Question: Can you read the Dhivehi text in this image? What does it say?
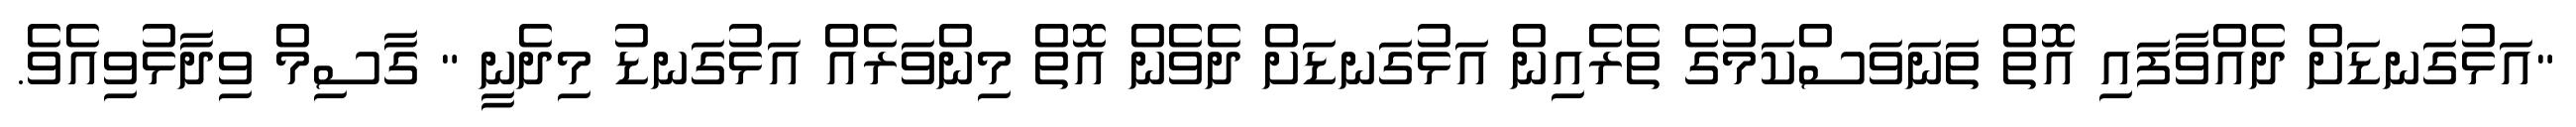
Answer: "އަޅުގަނޑަށް ދެއްވާފައި އޮތް ތަނަވަސްކަމުގެ ތެރެއިން އަޅުގަނޑަށް ދެވެން އޮތް މިންވަރެއް އަޅުގަނޑު މިދެނީ " ގާސިމް ވިދާޅުވިއެވެ.